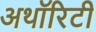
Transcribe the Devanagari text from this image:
अथाॅरिटी